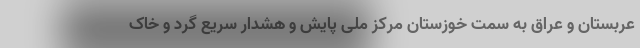
عربستان و عراق به سمت خوزستان مرکز ملی پایش و هشدار سریع گرد و خاک